Annual report on the Civil Veterinary Department, Burma (including the Insein Veterinary School) - 1923-1931
Year: 1923
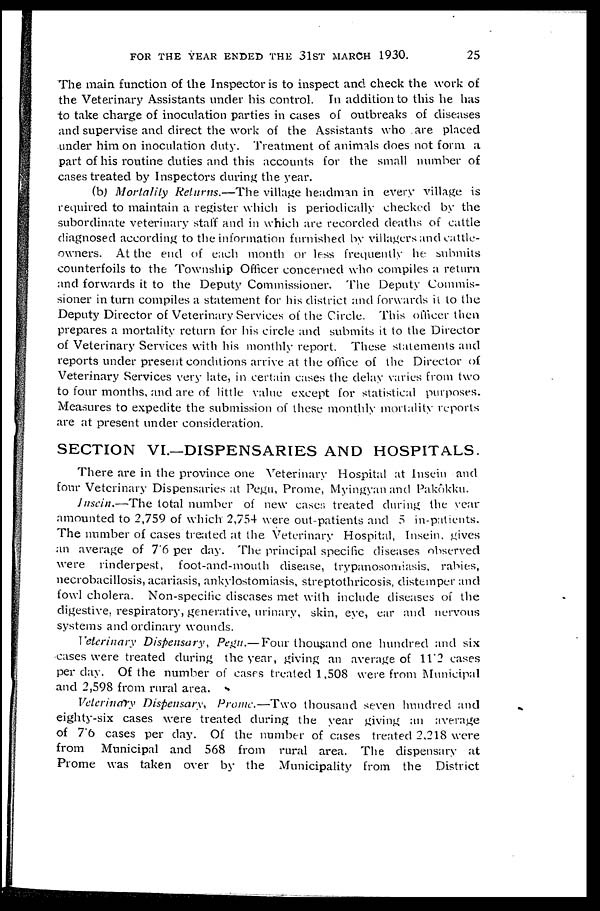
FOR THE YEAR ENDED THE 31ST MARCH 1930.
25
The main function of the Inspector is to inspect and check the work of
the Veterinary Assistants under his control. In addition to this he has
to take charge of inoculation parties in cases of outbreaks of diseases
and supervise and direct the work of the Assistants who are placed
under him on inoculation duty. Treatment of animals does not form a
part of his routine duties and this accounts for the small number of
cases treated by Inspectors during the year.
(b) Mortality Returns.—The
village headman in every village is
required to maintain a register which is periodically checked by the
subordinate veterinary staff and in which are recorded deaths of cattle
diagnosed according to the information furnished by villagers and cattle-
owners. At the end of each month or less frequently he submits
counterfoils to the Township Officer concerned who compiles a return
and forwards it to the Deputy Commissioner. The Deputy Commis-
sioner in turn compiles a statement for his district and forwards it to the
Deputy Director of Veterinary Services of the Circle. This officer then
prepares a mortality return for his circle and submits it to the Director
of Veterinary Services with his monthly report. These statements and
reports under present conditions arrive at the office of the Director of
Veterinary Services very late, in certain cases the delay varies from two
to four months, and are of little value except for statistical purposes.
Measures to expedite the submission of these monthly mortality reports
are at present under consideration.
SECTION VI.—DISPENSARIES AND HOSPITALS.
There are in the province one Veterinary Hospital at Insein and
four Veterinary Dispensaries at Pegu, Prome, Myingyan and Pakôkku.
Inscin.—The total number of new cases treated during the year
amounted to 2,759 of which 2,754 were out-patients and 5 in-patients.
The number of cases treated at the Veterinary Hospital, Insein, gives
an average of 7'6 per day. The principal specific diseases observed
were rinderpest,
foot-and-mouth disease, trypanosomiasis, rabies,
necrobacillosis, acariasis, ankylostomiasis, streptothricosis, distemper and
fowl cholera. Non-specific diseases met with include diseases of the
digestive, respiratory, generative, urinary, skin, eye, ear and nervous
systems and ordinary wounds.
Veterinary Dispensary, Pegu.— Four thousand one hundred and six
cases were treated during the year, giving an average of 11.2 cases
per day. Of the number of cases treated 1,508 were from Municipal
and 2,598 from rural area.
Veterinary Dispensary, Prome.—Two
thousand seven hundred and
eighty-six cases were treated during the year giving an average
of 7.6 cases per day. Of the number of cases treated 2,218 were
from
Municipal and 568 from rural area. The dispensary at
Prome was taken over by the Municipality from the District